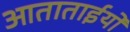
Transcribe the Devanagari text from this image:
आताताईयों